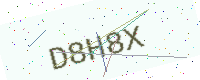
Text: D8H8X